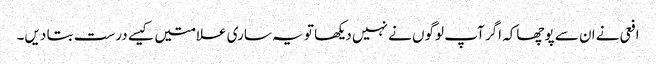
افعی نے ان سے پوچھاکہ اگر آپ لوگوں نے نہیں دیکھا تو یہ ساری علامتیں کیسے درست بتا دیں۔